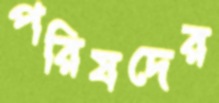
পরিষদের